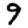
Digit: 9